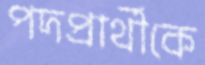
পদপ্রার্থীকে